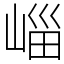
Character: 崰